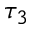
\tau _ { 3 }